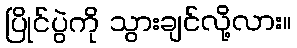
ပြိုင်ပွဲကို သွားချင်လို့လား။